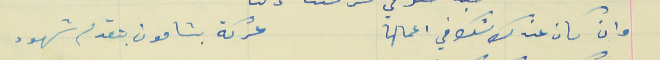
وان كان عندك شك في اعمالها                             عركة بشامون بتقدم شهود